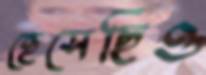
হেসেছিও